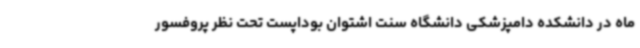
ماه در دانشکده دامپزشکی دانشگاه سنت اشتوان بوداپست تحت نظر پروفسور